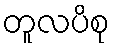
တူလပိစု